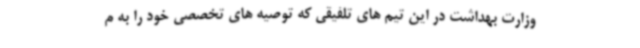
وزارت بهداشت در این تیم های تلفیقی که توصیه های تخصصی خود را به م